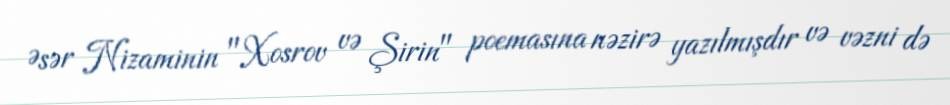
Əsər Nizaminin "Xosrov və Şirin" poemasına nəzirə yazılmışdır və vəzni də